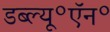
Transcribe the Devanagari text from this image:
डब्ल्यू॰ऍन॰